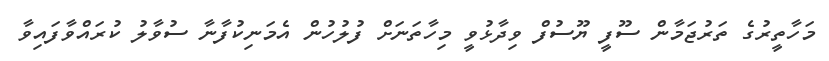
މަހާތީރުގެ ތަރުޖަމާން ސޫފީ ޔޫސުފް ވިދާޅުވީ މިހާތަނަށް ފުލުހުން އެމަނިކުފާނާ ސުވާލު ކުރައްވާފައިވާ